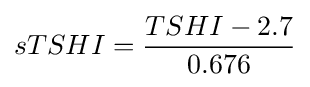
sTSHI={\frac {TSHI-2.7}{0.676}}